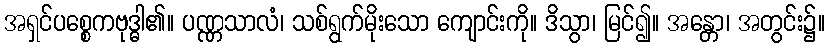
အရှင်ပစ္စေကဗုဒ္ဓါ၏။ ပဏ္ဏသာလံ၊ သစ်ရွက်မိုးသော ကျောင်းကို။ ဒိသွာ၊ မြင်၍။ အန္တော၊ အတွင်း၌။